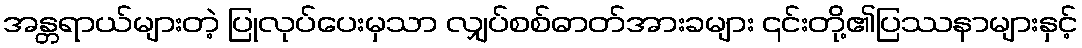
အန္တရာယ်များတဲ့ ပြုလုပ်ပေးမှသာ လျှပ်စစ်ဓာတ်အားခများ ၎င်းတို့၏ပြဿနာများနှင့်